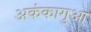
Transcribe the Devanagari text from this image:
अकंकागुआ